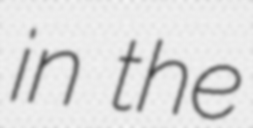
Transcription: in the